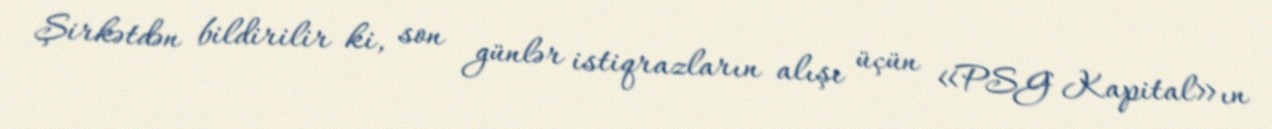
Şirkətdən bildirilir ki, son günlər istiqrazların alışı üçün «PSG Kapital»ın